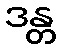
ဒန္တ